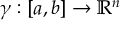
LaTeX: \gamma : [ a , b ] \rightarrow \mathbb { R } ^ { n }